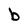
Character: b